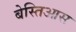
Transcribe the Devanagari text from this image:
बेस्तिआस